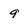
Character: 9